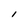
Character: l